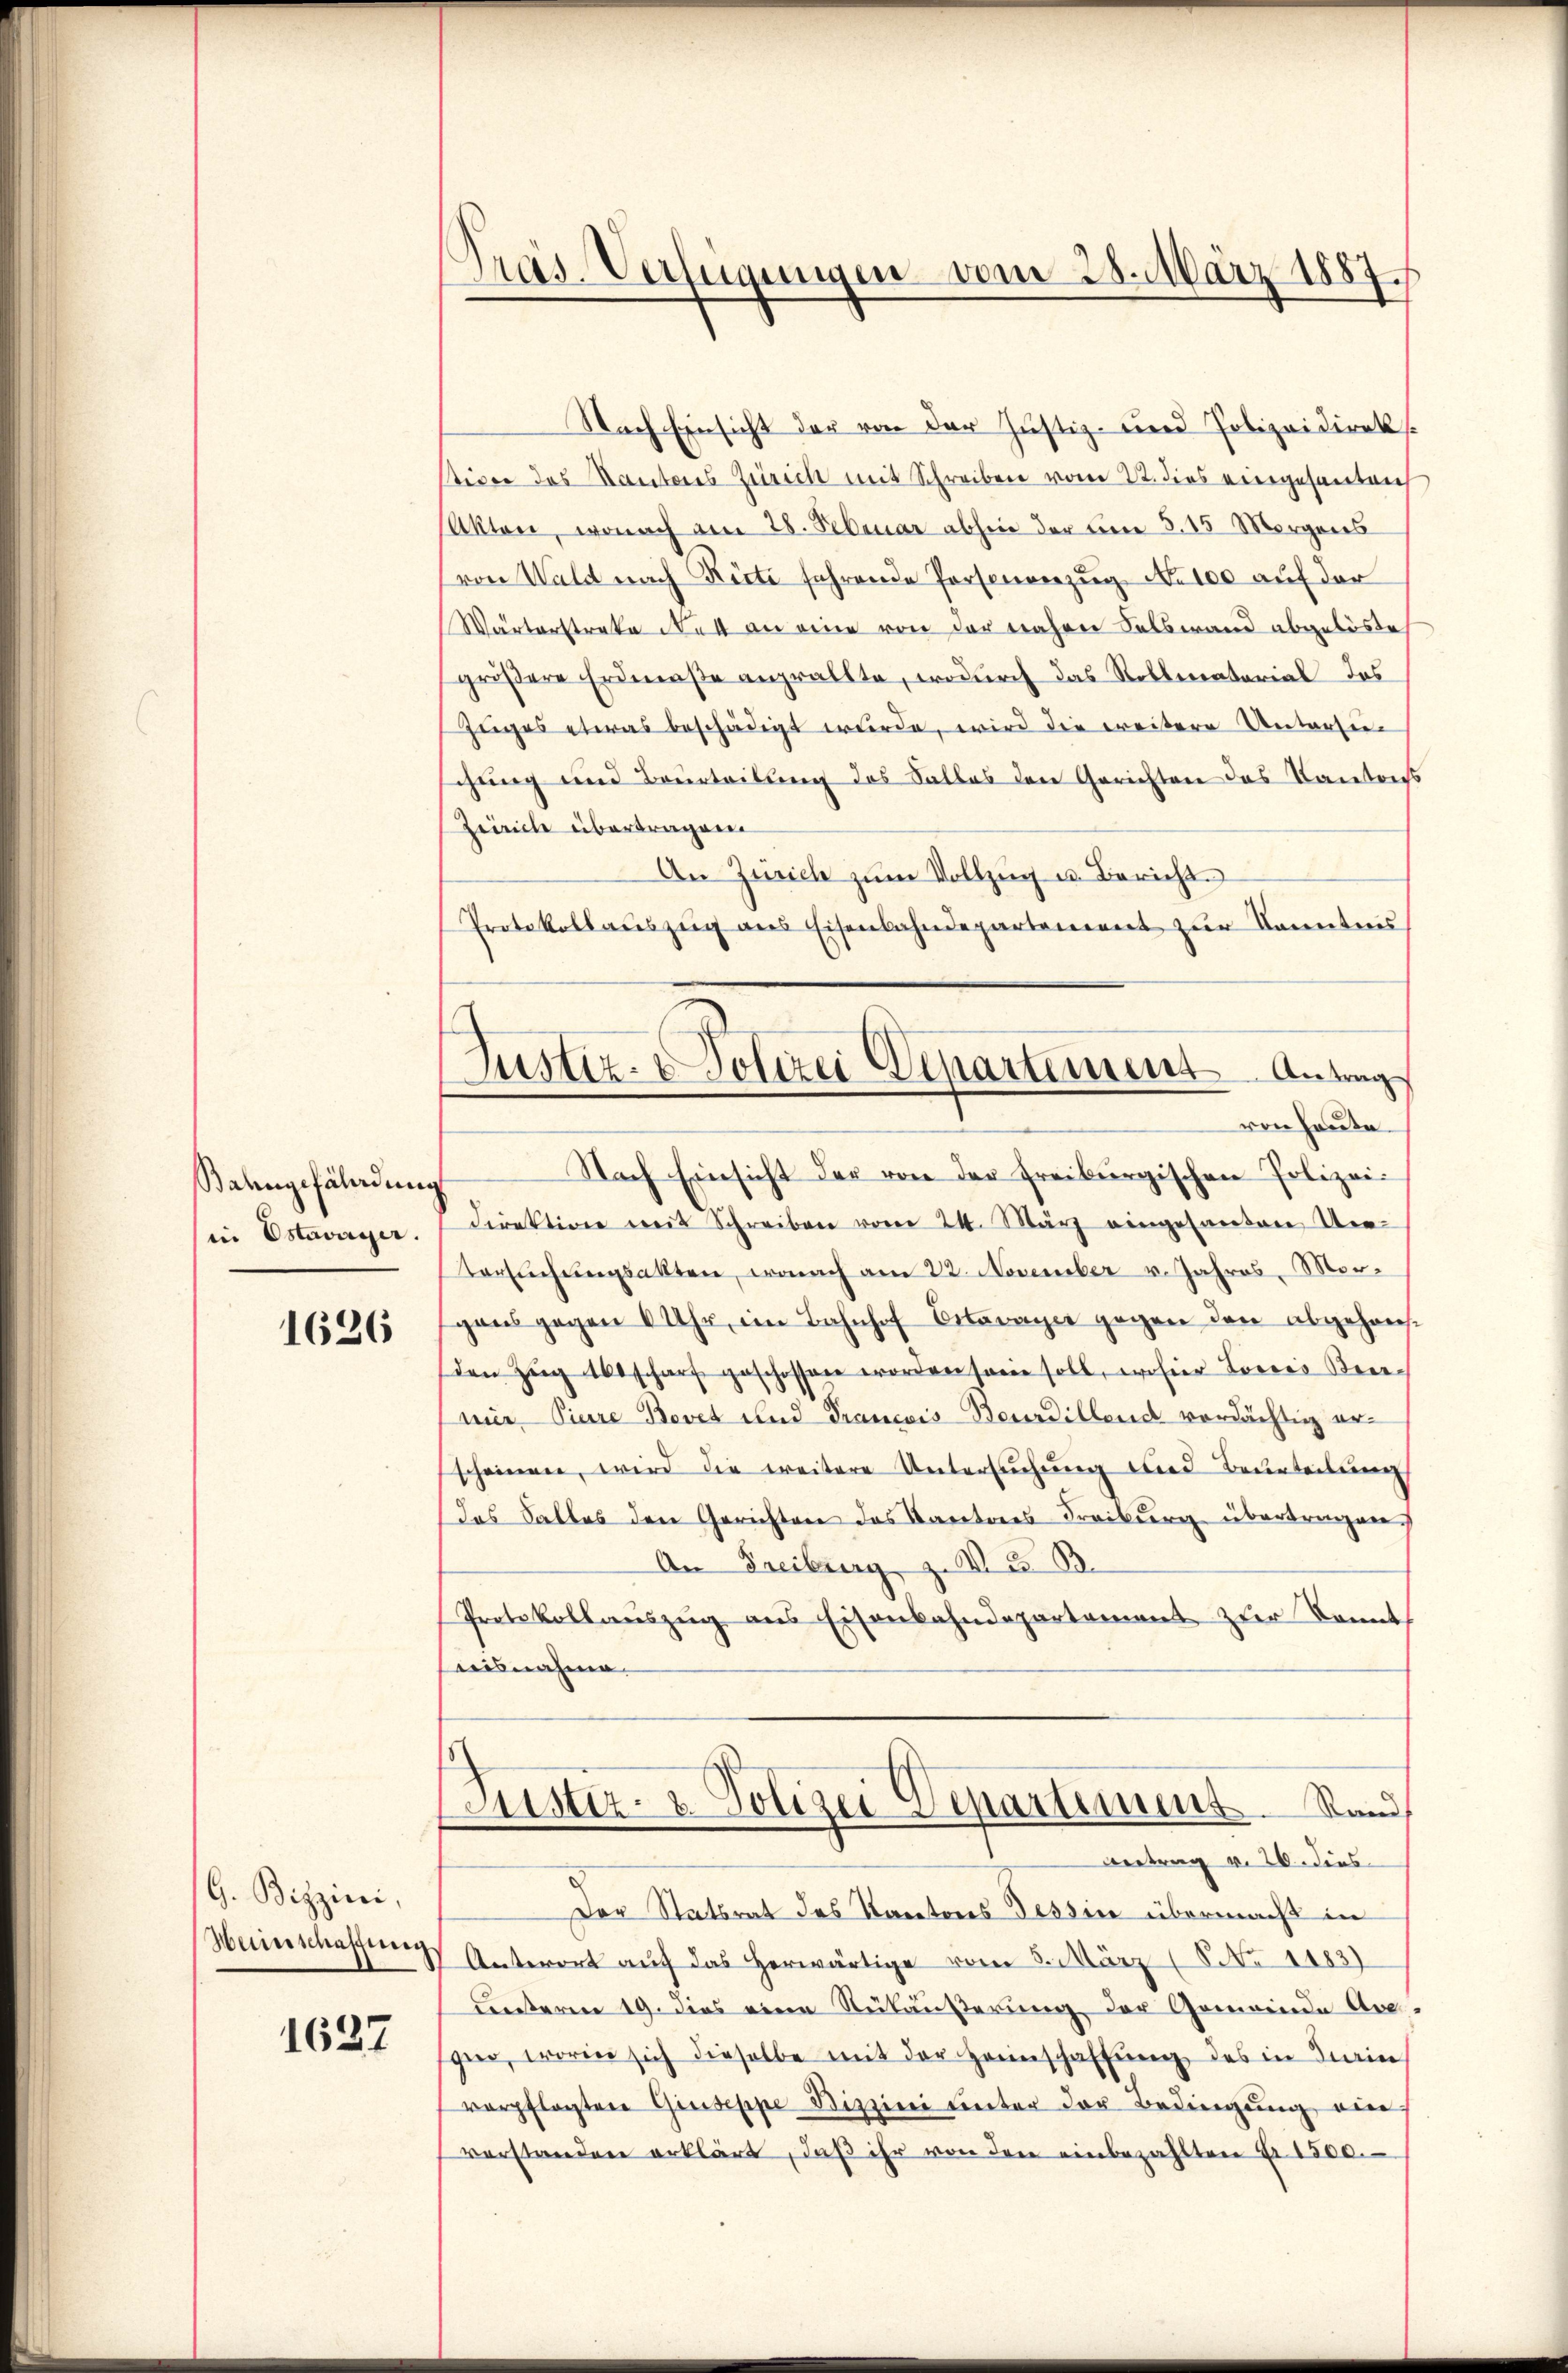
Bahngefährdung
in Estavayer.

1626

G. Bizzini,

1637

Präs. Verfügungen vom 28. März 1887.

Justiz- & Polizei Departement Antrag
von heute.

Nach Einsicht der von der Justiz- und Polizeidirek
stice des Kantons Zürich mit Schreiben vom 22. dies eingesanten
Akten, wonach am 28. Februar abhin der um 3. 15 Morgens
von Wald nach Rüti fahrende Personenzug No 100 auf der
Wärterstreke der an eine von der näherer Salbwand abgelöste
größere Erdnerste angrällte, wodurch das Rollenatorial des
Zuges etwas beschädigt wurde, wird die weitere Untersuchung und Beurteilung des Salles den Gerichten das Kantons
Zeirich übertragen
An Zürich zŭm Vollzŭg u. Bericht.
Protokollaŭszŭg ans Eisenbahndepartement zŭr Sonntes
Nach Einsicht der von der Freiburgischen Polizei-
direktion mit Schreiben vom 24. März eingesanten Ver-
tersuchungsakten, wonach am 22. November v. Jahres Morsgangegen 6 Uhr, im Bahnhof Citrage gegen den abgehansden Zŭg 160 scharf geschossen worden sowie soll, wo hier Looses Bere
mir Piere Bovet und Trancois Beurtillend verdächtig erscheinen, wird die weitere Untersŭchŭng wird Beurteilŭng
Das Falles den Gerichten das Caritores Freiburg übertragen.
An Freiburg z. B. Z. 33.
Protokollauszug aus Eisenbahndepartament zur konnt
nisnahme.
Justiz- & Polizei-Departement Stand
Betrag v. 26. dies
Der Statsrat des Kantons Tessin übermacht in
Herinschaffung Antwort auf das herwärtige vom 5. März ( NNo. 1183)
unteren 19. dies eine Rükäußerung der Gemeinde Arsper, worin sich dieselbe mit der Heimschaffŭng des in Fin
verpflegten Giuseppe Bizzini unter der Bedingung ein
verstanden erklärt, daβ ihr von den einbezahlten Fr. 1500.